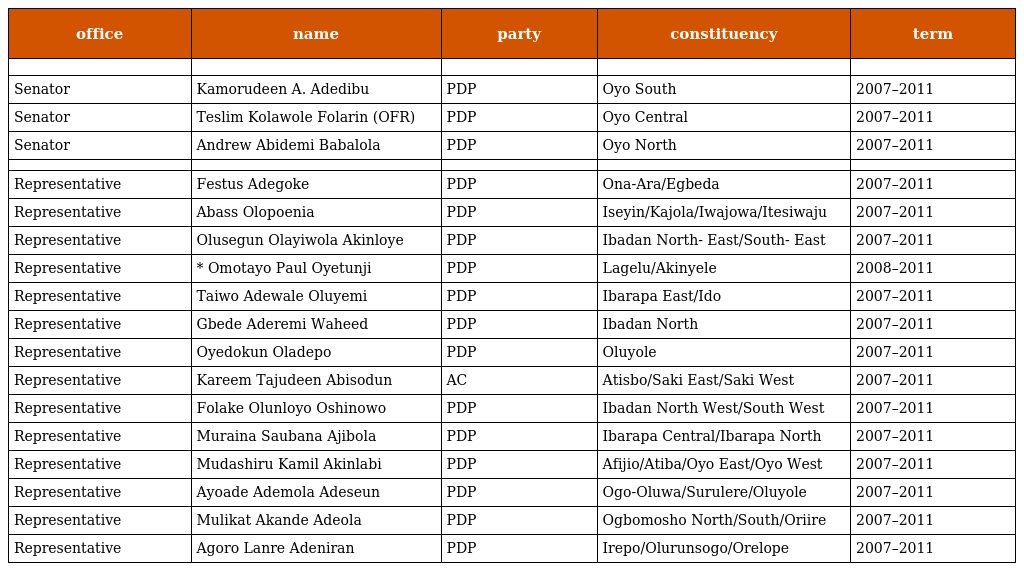
| office | name | party | constituency | term |
 | --- | --- | --- | --- | --- |
 |  |  |  |  |  |
 | Senator | Kamorudeen A. Adedibu | PDP | Oyo South | 2007–2011 |
 | Senator | Teslim Kolawole Folarin (OFR) | PDP | Oyo Central | 2007–2011 |
 | Senator | Andrew Abidemi Babalola | PDP | Oyo North | 2007–2011 |
 |  |  |  |  |  |
 | Representative | Festus Adegoke | PDP | Ona-Ara/Egbeda | 2007–2011 |
 | Representative | Abass Olopoenia | PDP | Iseyin/Kajola/Iwajowa/Itesiwaju | 2007–2011 |
 | Representative | Olusegun Olayiwola Akinloye | PDP | Ibadan North- East/South- East | 2007–2011 |
 | Representative | * Omotayo Paul Oyetunji | PDP | Lagelu/Akinyele | 2008–2011 |
 | Representative | Taiwo Adewale Oluyemi | PDP | Ibarapa East/Ido | 2007–2011 |
 | Representative | Gbede Aderemi Waheed | PDP | Ibadan North | 2007–2011 |
 | Representative | Oyedokun Oladepo | PDP | Oluyole | 2007–2011 |
 | Representative | Kareem Tajudeen Abisodun | AC | Atisbo/Saki East/Saki West | 2007–2011 |
 | Representative | Folake Olunloyo Oshinowo | PDP | Ibadan North West/South West | 2007–2011 |
 | Representative | Muraina Saubana Ajibola | PDP | Ibarapa Central/Ibarapa North | 2007–2011 |
 | Representative | Mudashiru Kamil Akinlabi | PDP | Afijio/Atiba/Oyo East/Oyo West | 2007–2011 |
 | Representative | Ayoade Ademola Adeseun | PDP | Ogo-Oluwa/Surulere/Oluyole | 2007–2011 |
 | Representative | Mulikat Akande Adeola | PDP | Ogbomosho North/South/Oriire | 2007–2011 |
 | Representative | Agoro Lanre Adeniran | PDP | Irepo/Olurunsogo/Orelope | 2007–2011 |